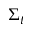
\Sigma _ { t }